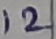
Text: 12